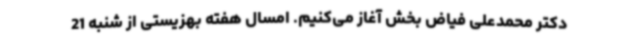
دکتر محمدعلی فیاض بخش آغاز می‌کنیم. امسال هفته بهزیستی از شنبه 21